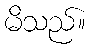
မိသည်။